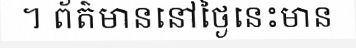
។ ព័ត៌មាននៅថ្ងៃនេះមាន